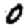
Digit: 0